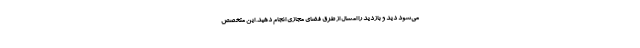
می‌شود دید و بازدید را امسال از طرق فضای مجازی انجام دهید. این متخصص